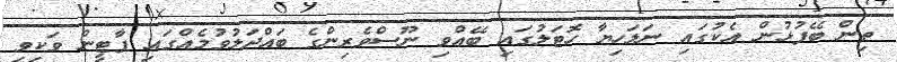
ތިން ބޭފުޅުން އެކުގައި ނަލަހިޔާ ހޮޓަލުގައި ބޭއްވި ނޫސްވެރިންގެ ބައްދަލުވުމެއްގައި ޕާޓީން ވަކިވި